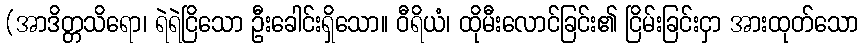
(အာဒိတ္တသိရော၊ ရဲရဲငြိသော ဦးခေါင်းရှိသော။ ဝီရိယံ၊ ထိုမီးလောင်ခြင်း၏ ငြိမ်းခြင်းငှာ အားထုတ်သော